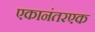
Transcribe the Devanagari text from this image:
एकानंतरएक